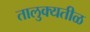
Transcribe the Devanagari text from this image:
तालुक्यतीळ